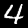
Label: 4